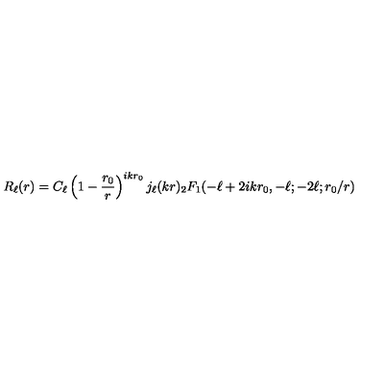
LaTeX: R _ { \ell } ( r ) = C _ { \ell } \left( 1 - { \frac { r _ { 0 } } { r } } \right) ^ { i k r _ { 0 } } j _ { \ell } ( k r ) { } _ { 2 } F _ { 1 } ( - \ell + 2 i k r _ { 0 } , - \ell ; - 2 \ell ; r _ { 0 } / r )